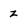
Character: z